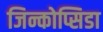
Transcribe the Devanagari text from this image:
जिन्कोप्सिडा